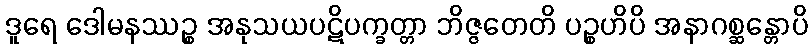
ဒူရေ ဒေါမနဿဉ္စ အနုသယပဋိပက္ခတ္တာ ဘိဇ္ဇတေတိ ပဉ္စဟိပိ အနာဂစ္ဆန္တောပိ